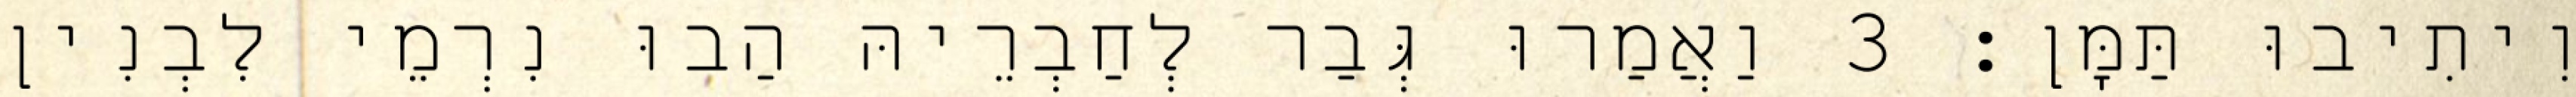
וִיתִיבוּ תַּמָּן׃ 3 וַאֲמַרוּ גְּבַר לְחַבְרֵיהּ הַבוּ נִרְמֵי לִבְנִין